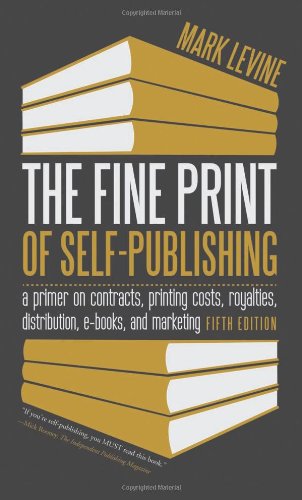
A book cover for The Fine Print of Self-Publishing, Fifth Edition: A Primer on Contracts, Printing Costs, Royalties, Distribution, E-Books, and Marketing; Mark Levine; Reference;